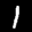
Label: 1